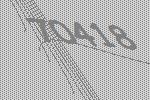
70418